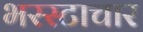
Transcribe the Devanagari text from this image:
भरस्टाचार